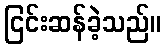
ငြင်းဆန်ခဲ့သည်။